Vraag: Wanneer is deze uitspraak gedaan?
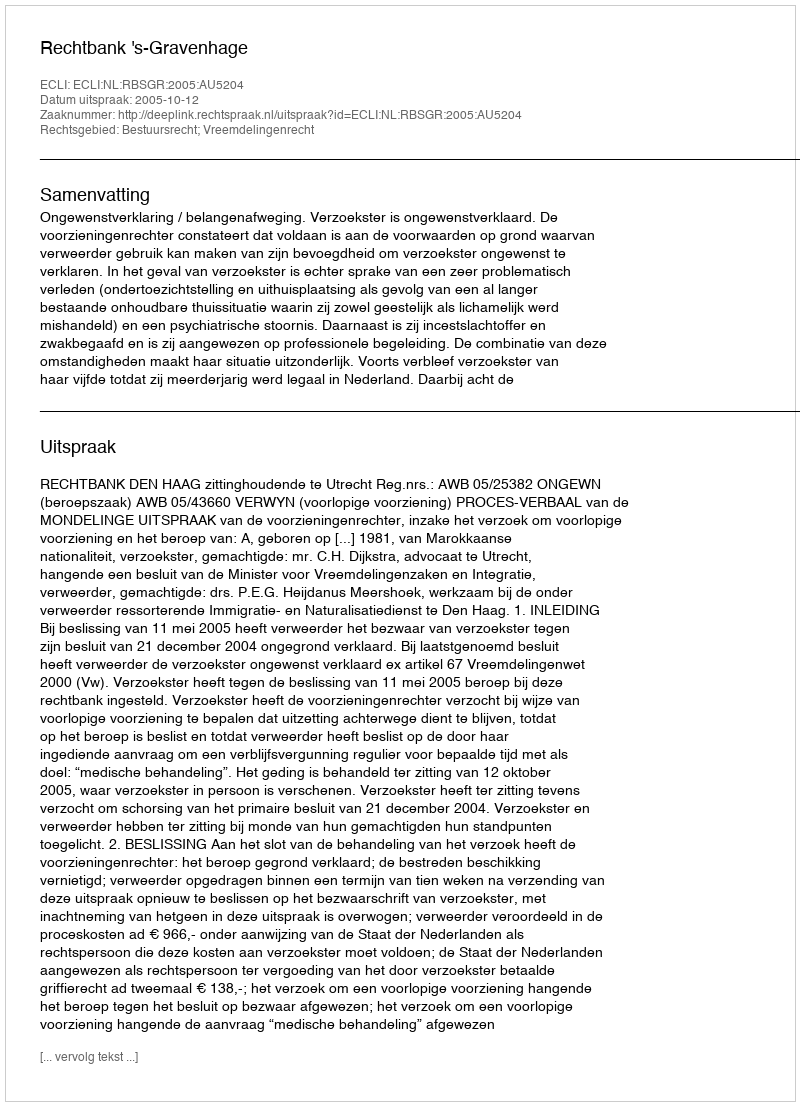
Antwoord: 2005-10-12